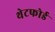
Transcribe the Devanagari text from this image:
थेटफोर्ड